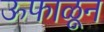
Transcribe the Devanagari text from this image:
ऊफाळून